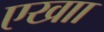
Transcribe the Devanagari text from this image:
एखाा